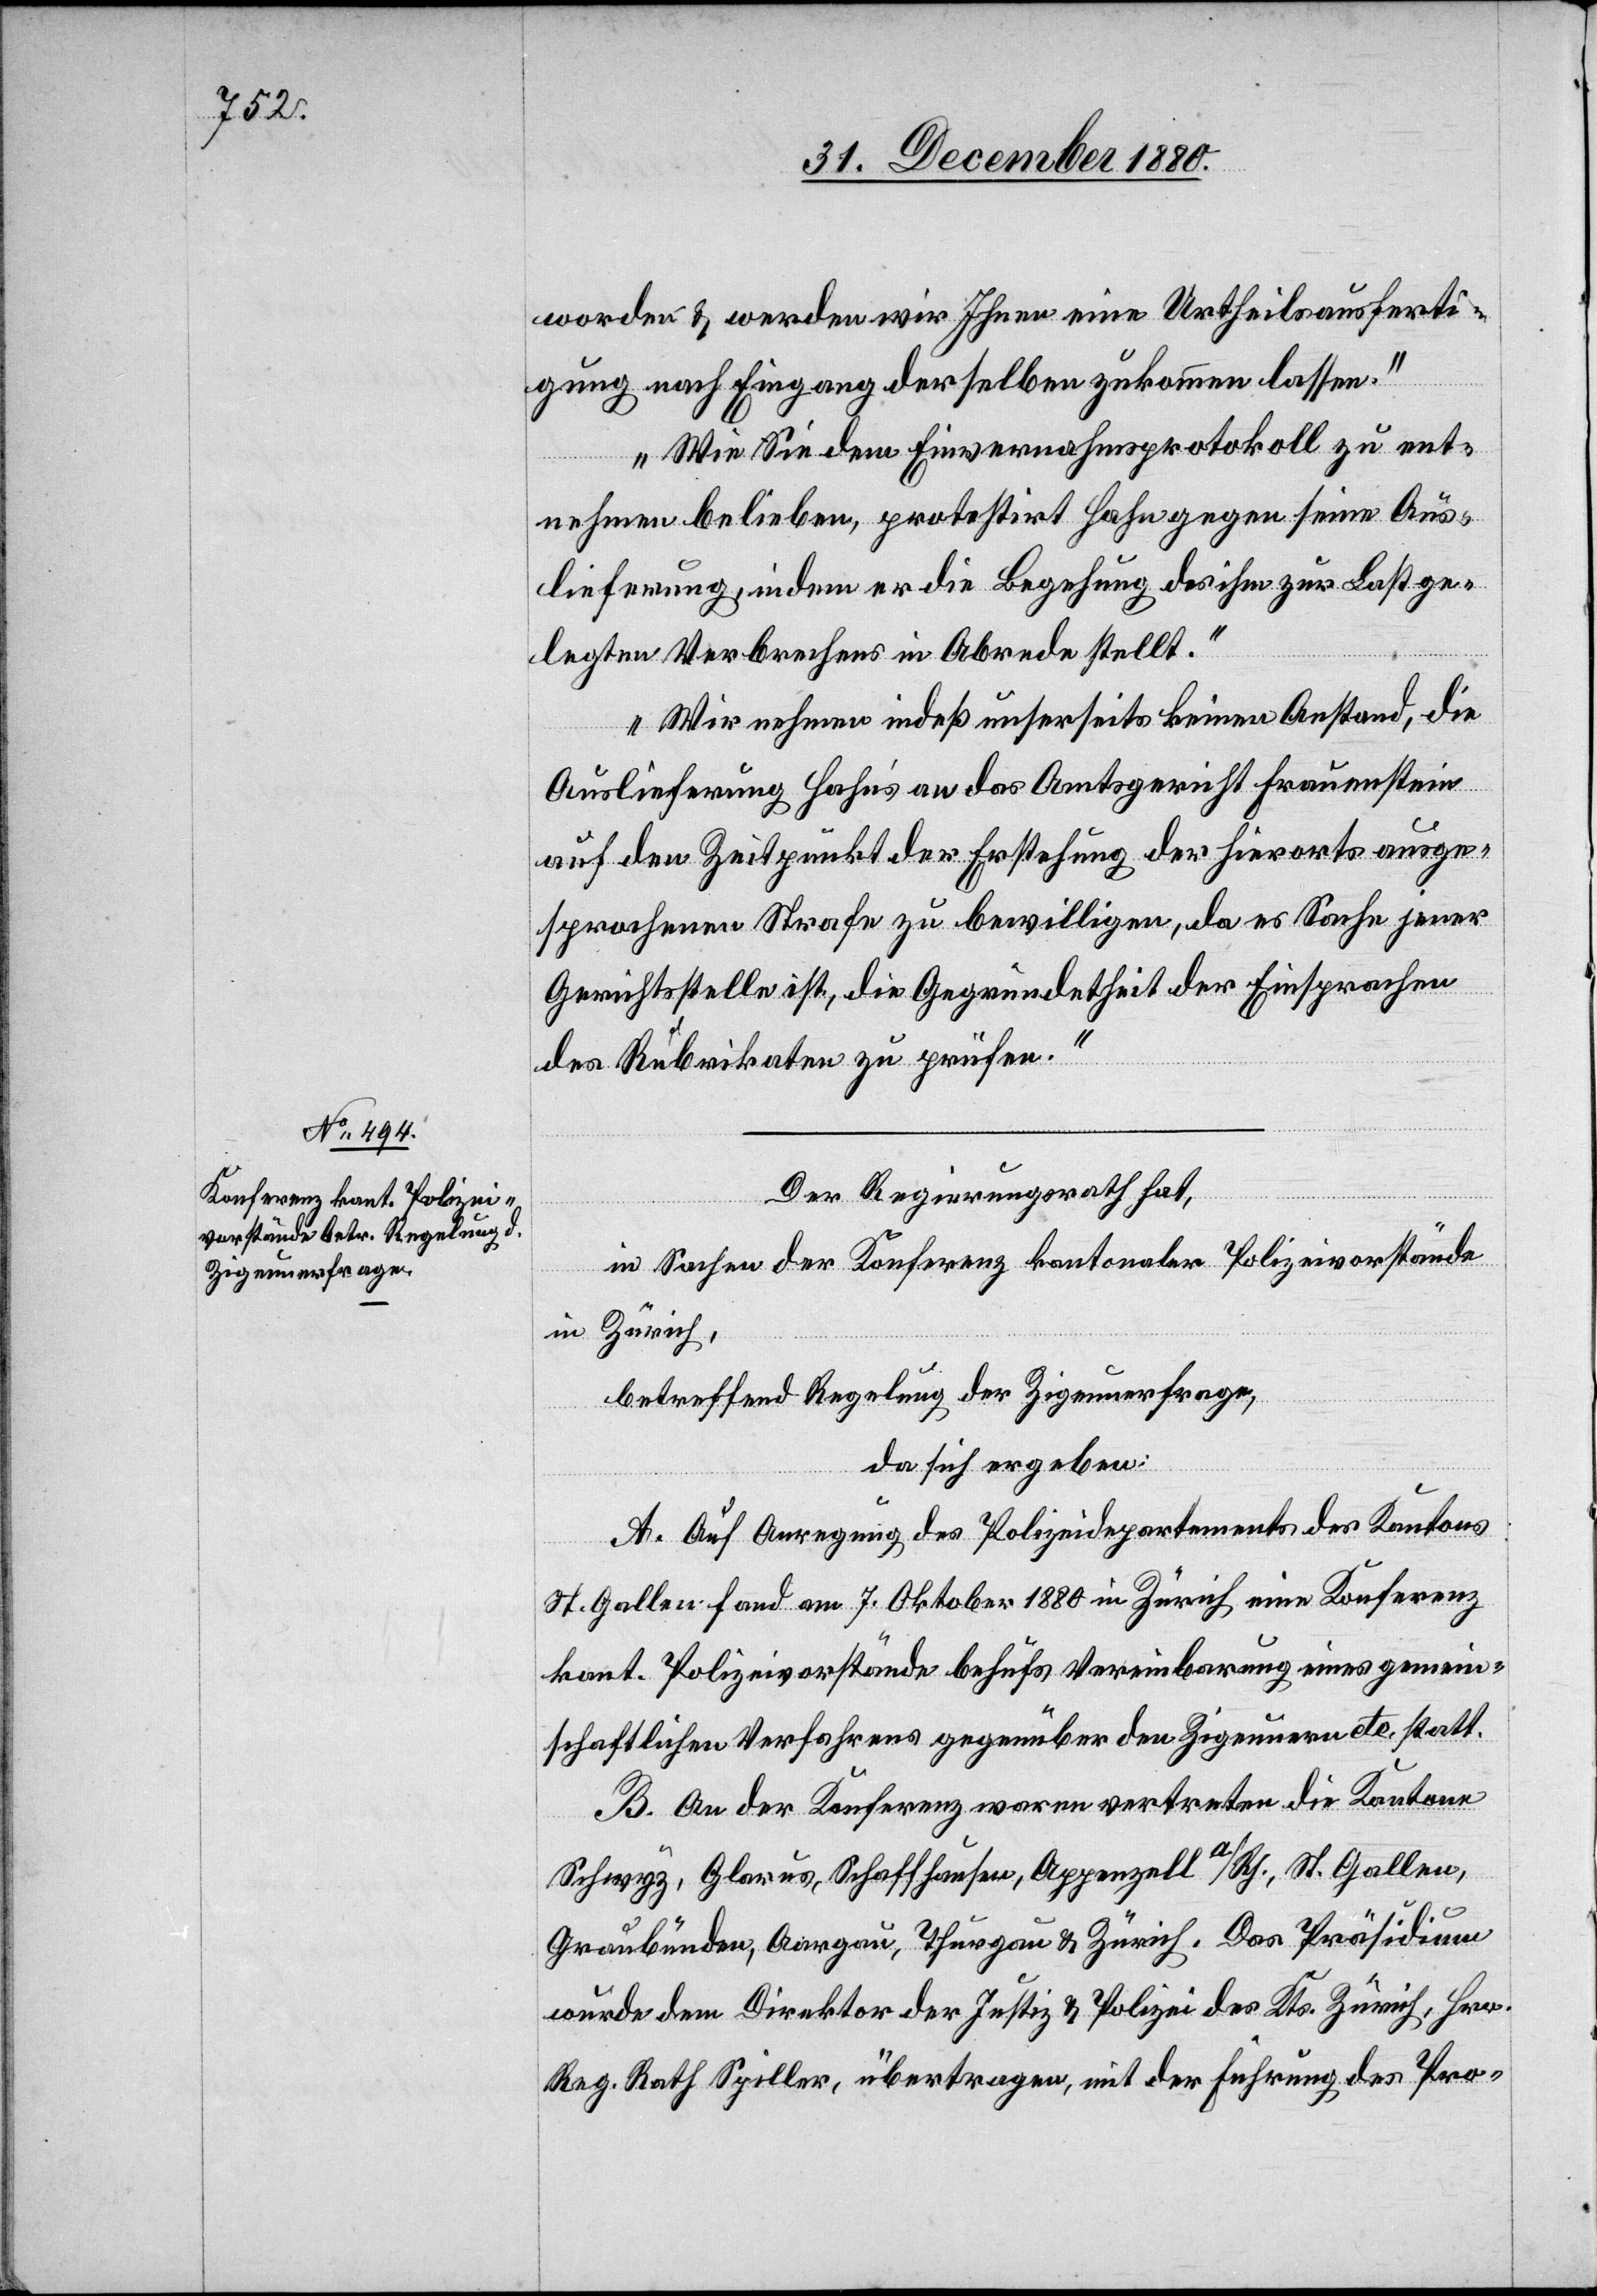
worden & werden wir Ihnen eine Urtheilsausferti¬
gung nach Eingang derselben zukommen lassen.
Wie Sie dem Einvernahmsprotokoll zu ent¬
nehmen belieben, protestirt Hahn gegen seine Aus¬
lieferung, indem er die Begehung des ihm zur Last ge¬
legten Verbrechens in Abrede stellt.
Wir nehmen indeß unserseits keinen Anstand, die
Auslieferung Hahn’s an das Amtsgericht Frauenstein
auf den Zeitpunkt der Erstehung der hierorts ausge¬
sprochenen Strafe zu bewilligen, da es Sache jener
Gerichtsstelle ist, die Gegründetheit der Einsprachen
des Rubrikaten zu prüfen.“
Der Regierungsrath hat,
in Sachen der Konferenz kantonaler Polizeivorstände
in Zürich,
betreffend Regelung der Zigeunerfrage,
da sich ergeben:
A. Auf Anregung des Polizeidepartements des Kantons
St. Gallen fand am 7. Oktober 1880 in Zürich eine Konferenz
kant. Polizeivorstände behufs Vereinbarung eines gemein¬
schaftlichen Verfahrens gegenüber den Zigeunern etc. statt.
B. An der Konferenz waren vertreten die Kantone
Schwyz, Glarus, Schaffhausen, Appenzell a/Rh., St. Gallen,
Graubünden, Aargau, Thurgau & Zürich. Das Präsidium
wurde dem Direktor der Justiz & Polizei des Kts. Zürich, Hrn.
Reg. Rath Spiller, übertragen, mit der Führung des Pro-